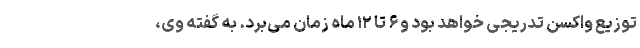
توزیع واکسن تدریجی خواهد بود و ۶ تا ۱۲ ماه زمان می‌برد. به گفته وی،